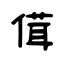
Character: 傇